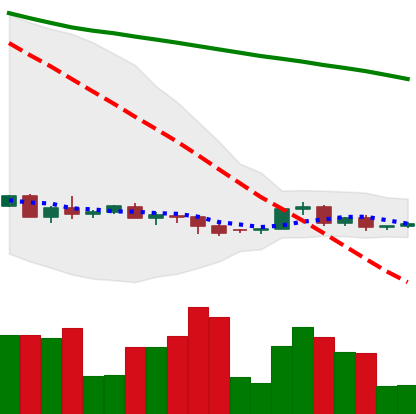
Ticker: XRP-USD
Chart end date: 2022-06-05
Forward return: -3.451%
Label: down_3_5